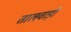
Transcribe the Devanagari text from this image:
तालवाड़ी